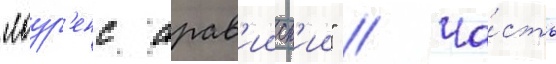
"лоур'енс арав'ииск'ии" // Ча́сть